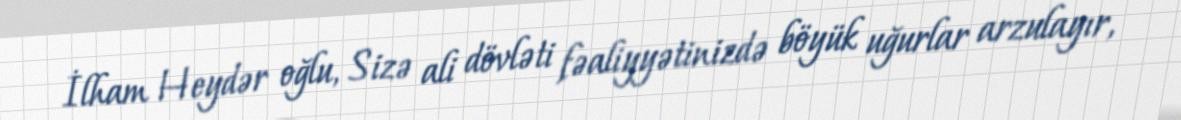
İlham Heydər oğlu, Sizə ali dövləti fəaliyyətinizdə böyük uğurlar arzulayır,